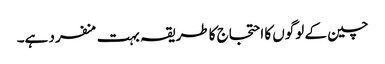
چین کے لوگوں کا احتجاج کا طریقہ بہت منفرد ہے۔